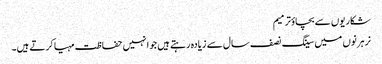
شکاریوں سے بچاؤترمیم
نر ہرنوں میں سینگ نصف سال سے زیادہ رہتے ہیں جو انہیں حفاظت مہیا کرتے ہیں۔